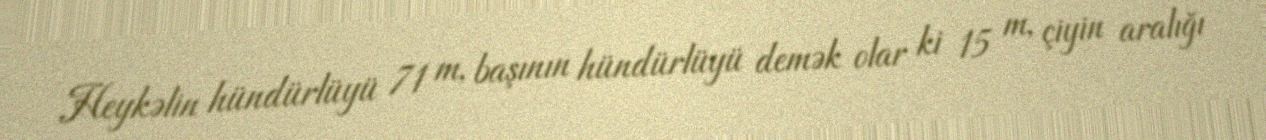
Heykəlin hündürlüyü 71 m, başının hündürlüyü demək olar ki 15 m, çiyin aralığı